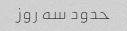
حدود سه روز